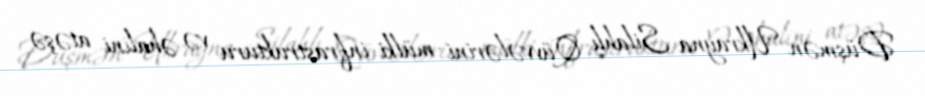
Düşmən Ukrayna Silahlı Qüvvələrini mülki infrastrukturu və əhalini atəşə